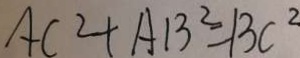
A C ^ { 2 } + A B ^ { 2 } = B C ^ { 2 }